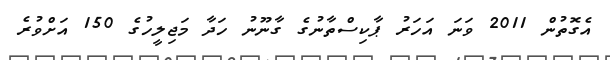
އެގޮތުން 2011 ވަނަ އަހަރު ޕާކިސްތާނުގެ ގާނޫނު ހަދާ މަޖިލީހުގެ 150 އަށްވުރެ